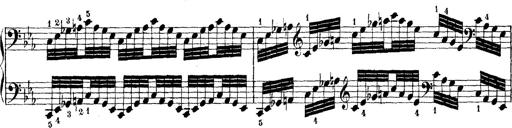
Title: Technische Studien
Composer: Franz Liszt